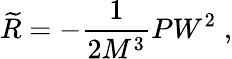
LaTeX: \widetilde{R}=-\frac 1{2M^{3}}PW^{2}\; ,